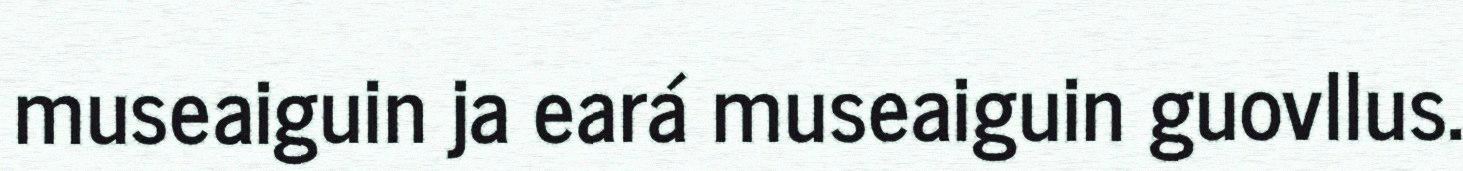
museaiguin ja eará museaiguin guovllus.